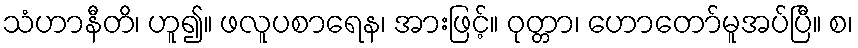
သံဟာနီတိ၊ ဟူ၍။ ဖလူပစာရေန၊ အားဖြင့်။ ဝုတ္တာ၊ ဟောတော်မူအပ်ပြီ။ စ၊